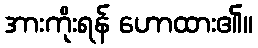
အားကိုးရန် ဟောထား၏။